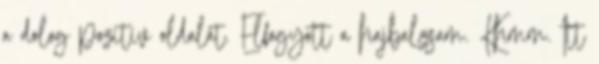
a dolog pozitív oldalát. Elfogyott a hajbalzsam. Khmm. Itt